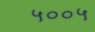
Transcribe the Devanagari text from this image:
५००५